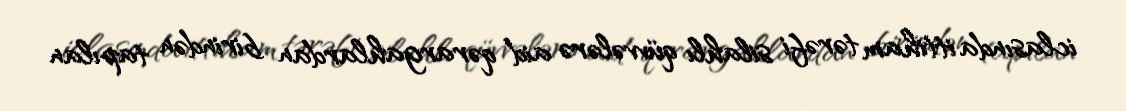
iclasında ittiham tərəfi silahlı qüvvələrə aid qərargahlardan birindən tapılan